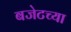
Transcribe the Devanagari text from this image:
बजेटच्या